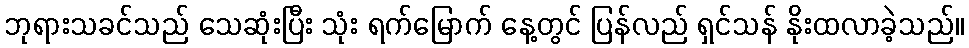
ဘုရားသခင်သည် သေဆုံးပြီး သုံး ရက်မြောက် နေ့တွင် ပြန်လည် ရှင်သန် နိုးထလာခဲ့သည်။